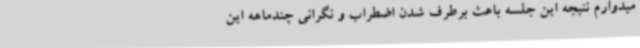
میدوارم نتیجه این جلسه باعث برطرف شدن اضطراب و نگرانی چندماهه این